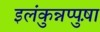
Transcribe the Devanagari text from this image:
इलंकुन्नप्पुष़ा